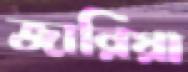
জারিয়া